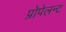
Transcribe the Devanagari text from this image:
प्रोपेलन्ट